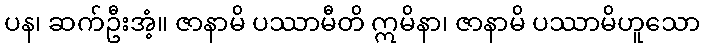
ပန၊ ဆက်ဦးအံ့။ ဇာနာမိ ပဿာမီတိ ဣမိနာ၊ ဇာနာမိ ပဿာမိဟူသော